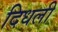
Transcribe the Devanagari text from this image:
दिधली